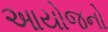
આયોજનો